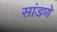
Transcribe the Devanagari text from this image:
सांडणे